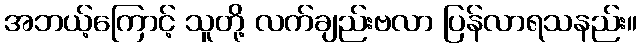
အဘယ့်ကြောင့် သူတို့ လက်ချည်းဗလာ ပြန်လာရသနည်း။